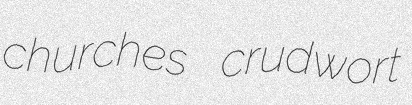
churches crudwort